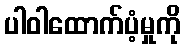
ပါဝါထောက်ပံ့မှုကို